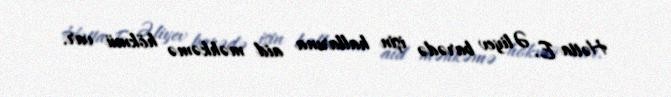
Hətta E. Əliyev barədə işin hallarına aid məhkəmə hökmü var.